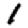
Digit: 1